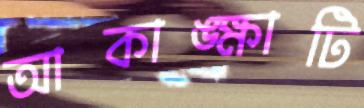
আকাঙ্ক্ষাটি